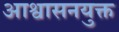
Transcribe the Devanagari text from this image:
आश्वासनयुक्त